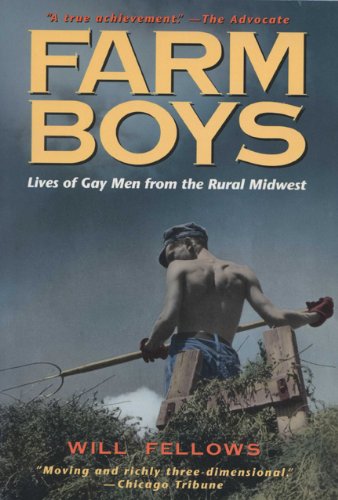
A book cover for Farm Boys: Lives of Gay Men from the Rural Midwest; Gay & Lesbian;